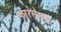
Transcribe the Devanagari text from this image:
फारसेलस